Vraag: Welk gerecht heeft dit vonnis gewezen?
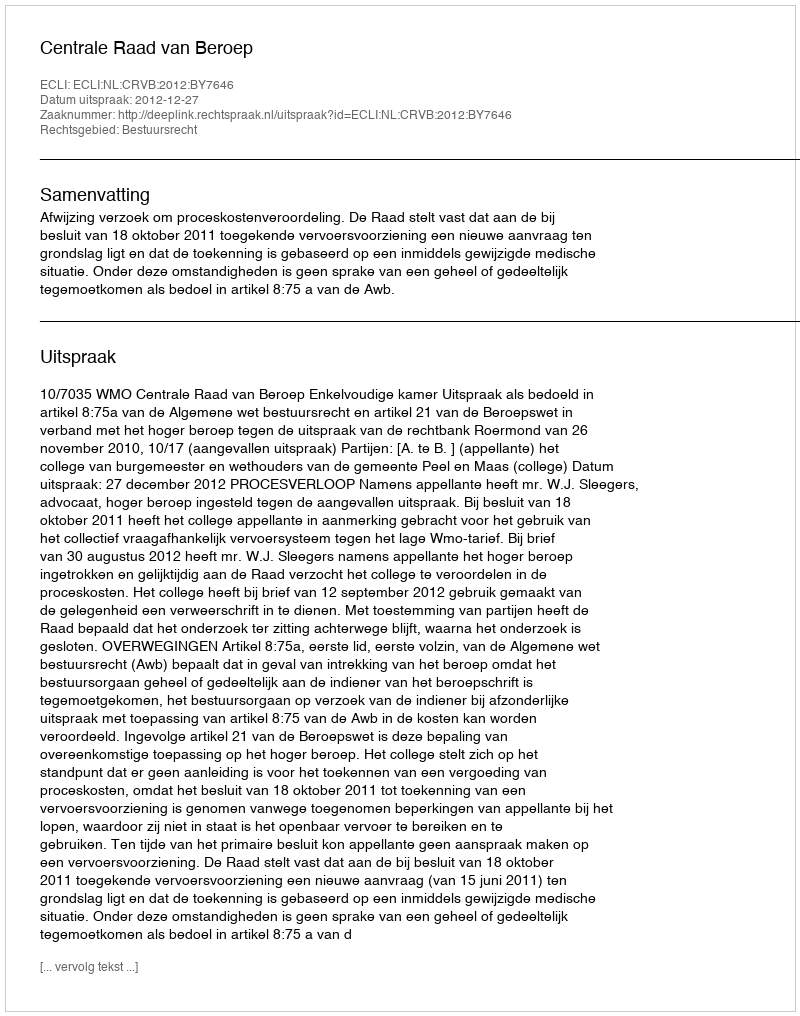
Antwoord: Centrale Raad van Beroep